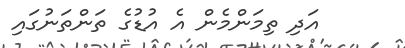
އަދި ތިމަންމެން އެ އުޑުގެ ތަންތަނުގައި